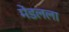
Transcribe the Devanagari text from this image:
मेंडलला